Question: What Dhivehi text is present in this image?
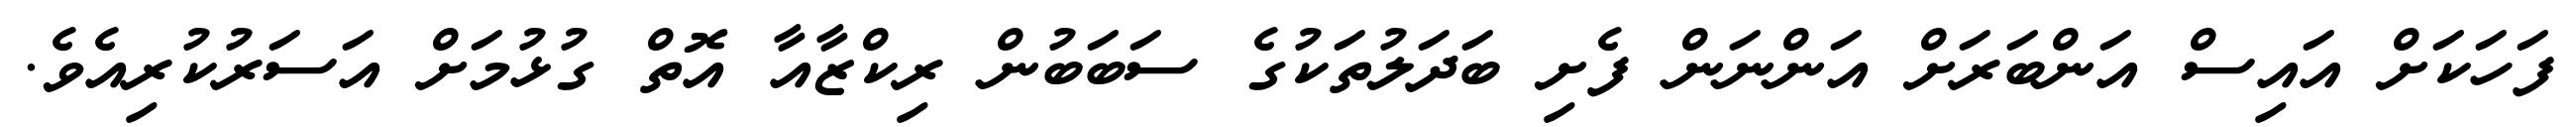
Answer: ފަހަކަށް އައިސް އަންބަރަށް އަންނަން ފެށި ބަދަލުތަކުގެ ސަބަބުން ރިކްޒާއާ އޮތް ގުޅުމަށް އަސަރުކުރިއެވެ.